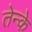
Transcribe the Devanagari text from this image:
तेन्के